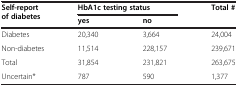
<table><thead><tr><td><b>Self-report of diabetes</b></td><td colspan="2"><b>HbA1c testing status</b></td><td><b>Total #</b></td></tr><tr><td>[EMPTY_CELL]</td><td><b>yes</b></td><td><b>no</b></td><td>[EMPTY_CELL]</td></tr></thead><tbody><tr><td>Diabetes</td><td>20,340</td><td>3,664</td><td>24,004</td></tr><tr><td>Non-diabetes</td><td>11,514</td><td>228,157</td><td>239,671</td></tr><tr><td>Total</td><td>31,854</td><td>231,821</td><td>263,675</td></tr><tr><td>Uncertain*</td><td>787</td><td>590</td><td>1,377</td></tr></tbody></table>